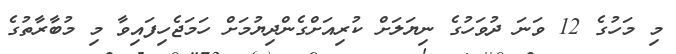
މި މަހުގެ 12 ވަނަ ދުވަހުގެ ނިޔަލަށް ކުރިއަށްގެންދިޔުމަށް ހަމަޖެހިފައިވާ މި މުބާރާތުގެ